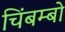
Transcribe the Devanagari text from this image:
चिंबम्बो